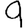
Digit: 9